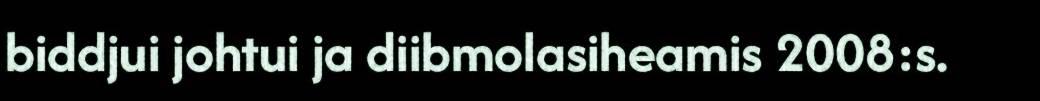
biddjui johtui ja diibmolasiheamis 2008:s.